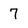
Character: 7